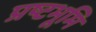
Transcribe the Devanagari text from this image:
प्रष्टभूमि